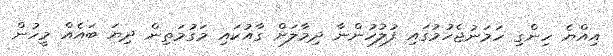
އިއްޔެ ހިންގި ހަމަނުޖެހުމުގައި ފުލުހުންނާ ދިމާލަށް ގާއުކައި މަގުމަތިން ދިޔަ ބައެއް މީހުން